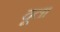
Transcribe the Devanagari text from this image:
दूला